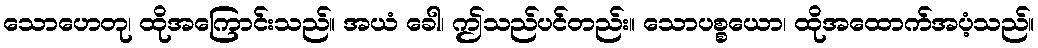
သောဟေတု၊ ထိုအကြောင်းသည်။ အယံ ခေါ၊ ဤသည်ပင်တည်း။ သောပစ္စယော၊ ထိုအထောက်အပံ့သည်။